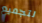
لتجميع